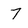
Character: 7